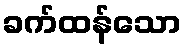
ခက်ထန်သော